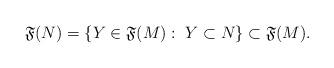
LaTeX: \begin{align*}{\mathfrak F}(N)=\{Y\in{\mathfrak F}(M):\ Y\subset N\}\subset{\mathfrak F}(M).\end{align*}